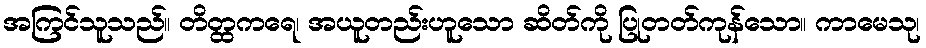
အကြင်သူသည်။ တိတ္ထကရေ၊ အယူတည်းဟူသော ဆိတ်ကို ပြုတတ်ကုန်သော။ ကာမေသု၊